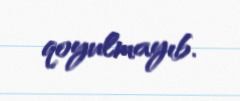
qoyulmayıb.